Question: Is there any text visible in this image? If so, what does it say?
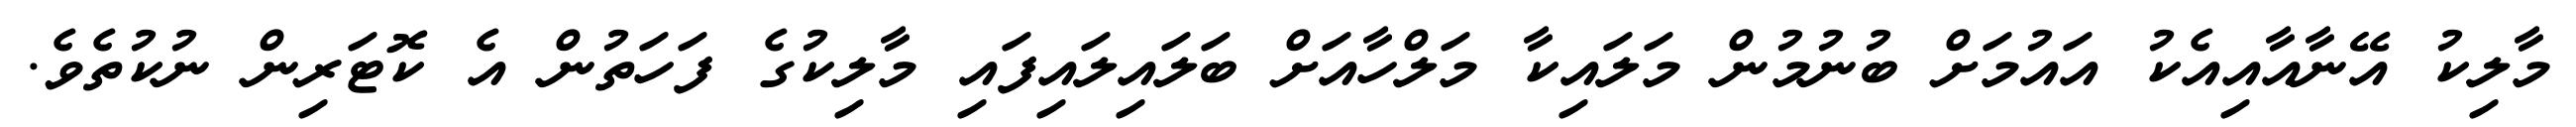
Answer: މާލިކު އޭނާއާއިއެކު އައުމަށް ބުނުމުން މަލައިކާ މަލްހާއަށް ބަލައިލައިފައި މާލިކުގެ ފަހަތުން އެ ކޮޓަރިން ނުކުތެވެ.